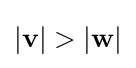
|\mathbf {v} |>|\mathbf {w} |